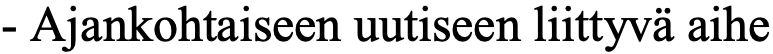
- Ajankohtaiseen uutiseen liittyvä aihe